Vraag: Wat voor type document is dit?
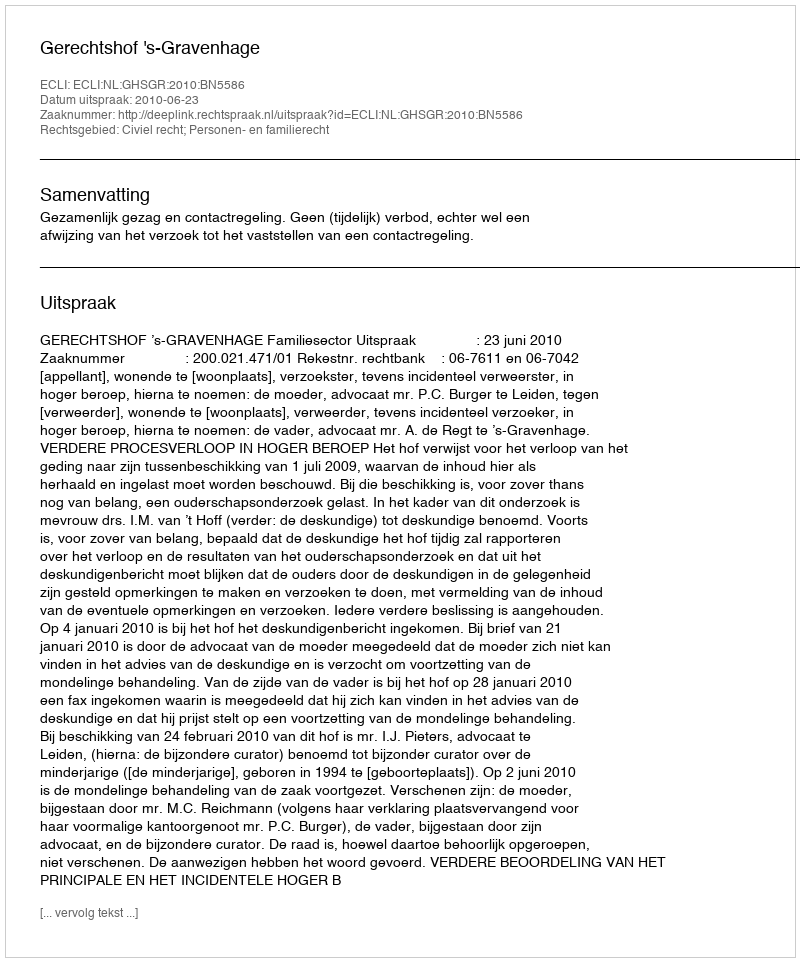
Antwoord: Uitspraak